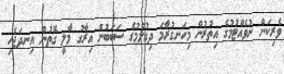
ވެރިކަން ނުވެއްޓުމުގެ އިތުރުން މިހަނގުރާމަ ދިގުލުމުގެ ސަބަބުން އިރާގު މާލީ ގޮތުން އިނދަޖެހި